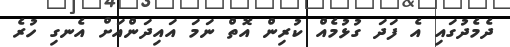
ދެމެދުގައި އެ ފަދަ ގުޅުމެއް ކުރިން އޮތް ނަމަ އައިދަންއަށް އެނގި ހުރެ